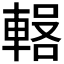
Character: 𰹕